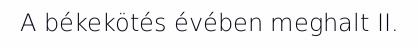
A békekötés évében meghalt II.